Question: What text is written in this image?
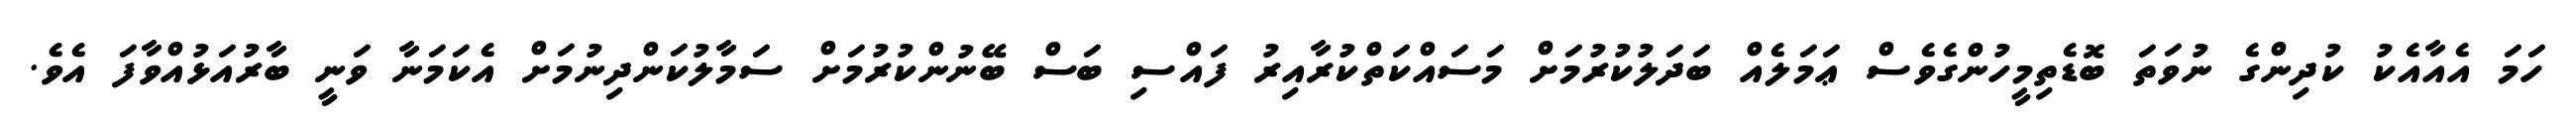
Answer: ހަމަ އެއާއެކު ކުދިންގެ ނުވަތަ ބޮޑެތިމީހުންގެވެސް ޢަމަލެއް ބަދަލުކުރުމަށް މަސައްކަތްކުރާއިރު ފައްސި ބަސް ބޭނުންކުރުމަށް ސަމާލުކަންދިނުމަށް އެކަމަނާ ވަނީ ބާރުއަޅުއްވާފަ އެވެ.